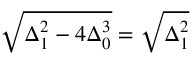
{ \sqrt { \Delta _ { 1 } ^ { 2 } - 4 \Delta _ { 0 } ^ { 3 } } } = { \sqrt { \Delta _ { 1 } ^ { 2 } } }